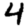
Digit: 4